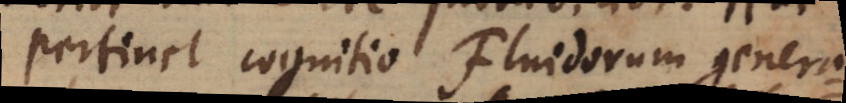
pertinet cognitio Fluidorum genera